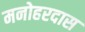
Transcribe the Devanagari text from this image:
मनोहरदास